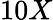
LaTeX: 10X